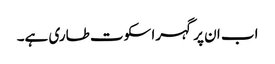
اب ان پر گہرا سکوت طاری ہے۔